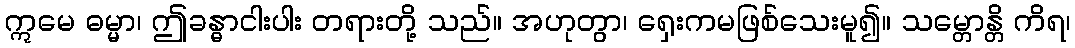
ဣမေ ဓမ္မာ၊ ဤခန္ဓာငါးပါး တရားတို့ သည်။ အဟုတွာ၊ ရှေးကမဖြစ်သေးမူ၍။ သမ္တောန္တိ ကိရ၊